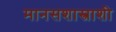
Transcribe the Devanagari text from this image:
मानसशास्त्राशी